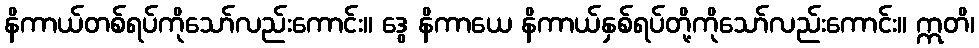
နိကာယ်တစ်ရပ်ကိုသော်လည်းကောင်း။ ဒွေ နိကာယေ နိကာယ်နှစ်ရပ်တို့ကိုသော်လည်းကောင်း။ ဣတိ၊